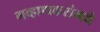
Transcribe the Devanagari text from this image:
गव्हाणकरांमधे